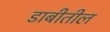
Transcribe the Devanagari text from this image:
डाबीतील